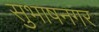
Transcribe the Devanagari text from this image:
सुभाषनगर